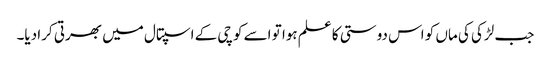
جب لڑکی کی ماں کو اس دوستی کا علم ہوا تو اسے کوچی کے اسپتال میں بھرتی کرا دیا۔